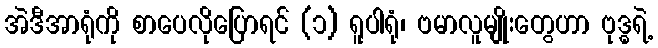
အဲဒီအာရုံကို စာပေလိုပြောရင် (၁) ရူပါရုံ၊ ဗမာလူမျိုးတွေဟာ ဗုဒ္ဓရဲ့